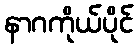
နာဂကိုယ်ပိုင်